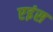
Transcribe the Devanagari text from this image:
एइंस